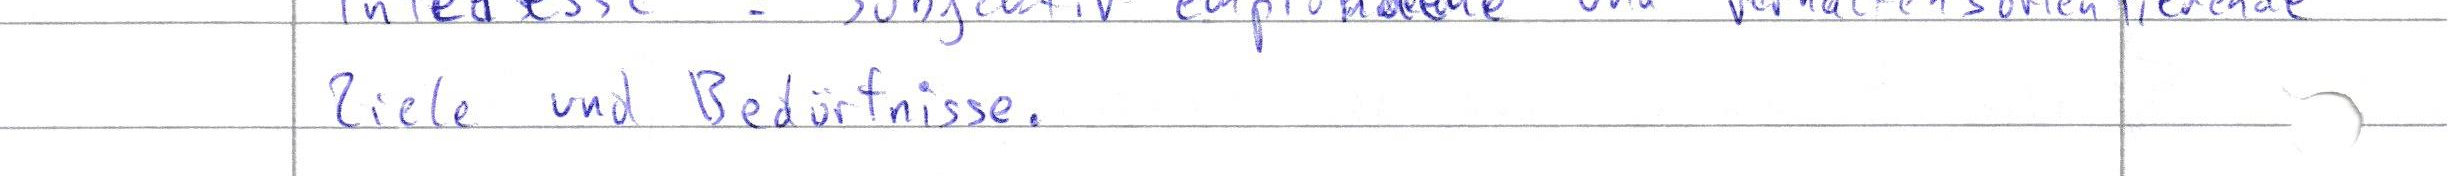
Ziele und Bedürfnisse.